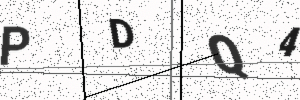
Text: PDQ4